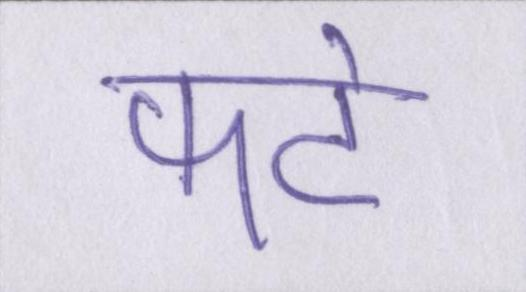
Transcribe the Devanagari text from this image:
फटे